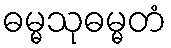
ဓမ္မသုဓမ္မတံ